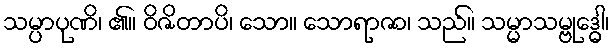
သမ္ပာပုဏိ၊ ၏။ ဝိဇိတာပိ၊ သော။ သောရာဇာ၊ သည်။ သမ္မာသမ္ဗုဒ္ဓေါ၊